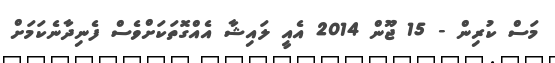
މަސް ކުރިން - 15 ޖޫން 2014 އެއީ ލައިޝާ އެއްގޮތަކަށްވެސް ފެނިދާނެކަމަށް